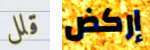
قلل إركض